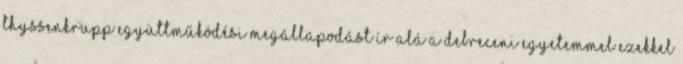
Thyssenkrupp együttműködési megállapodást ír alá a Debreceni Egyetemmel Ezekkel